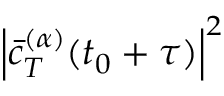
\left| \Bar { c } _ { T } ^ { ( \alpha ) } ( t _ { 0 } + \tau ) \right| ^ { 2 }